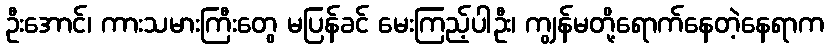
ဦးအောင်၊ ကားသမားကြီးတွေ မပြန်ခင် မေးကြည့်ပါဦး၊ ကျွန်မတို့ရောက်နေတဲ့နေရာက